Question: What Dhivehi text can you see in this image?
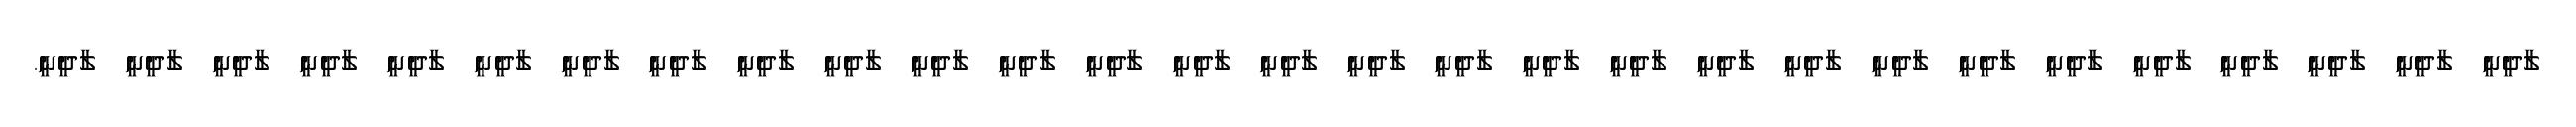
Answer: ލާދީނީ ލާދީނީ ލާދީނީ ލާދީނީ ލާދީނީ ލާދީނީ ލާދީނީ ލާދީނީ ލާދީނީ ލާދީނީ ލާދީނީ ލާދީނީ ލާދީނީ ލާދީނީ ލާދީނީ ލާދީނީ ލާދީނީ ލާދީނީ ލާދީނީ ލާދީނީ ލާދީނީ ލާދީނީ ލާދީނީ ލާދީނީ ލާދީނީ ލާދީނީ ލާދީނީ ލާދީނީ ލާދީނީ.